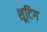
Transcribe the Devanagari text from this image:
शूटिग